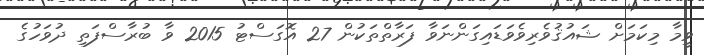
ވީމާ މިކަމަށް ޝައުޤުވެރިވެވަޑައިގަންނަވާ ފަރާތްތަކުން 27 އޮގަސްޓު 2015 ވާ ބުރާސްފަތި ދުވަހުގެ